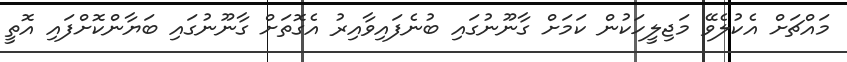
މައްޗަށް އެކުލެވޭ މަޖިލީހަކުން ކަމަށް ގާނޫނުގައި ބުނެފައިވާއިރު އެގޮތަށް ގާނޫނުގައި ބަޔާންކޮށްފައި އޮތީ